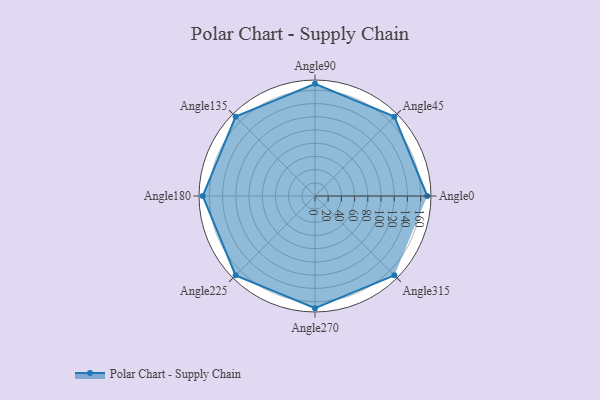
{"axis": {"x": "Angle", "y": "Radius"}, "legend": [""], "data": [{"x": "Angle0", "y": 170, "type": ""}, {"x": "Angle45", "y": 170, "type": ""}, {"x": "Angle90", "y": 170, "type": ""}, {"x": "Angle135", "y": 170, "type": ""}, {"x": "Angle180", "y": 170, "type": ""}, {"x": "Angle225", "y": 170, "type": ""}, {"x": "Angle270", "y": 170, "type": ""}, {"x": "Angle315", "y": 170, "type": ""}]}